Punjab Mental Hospital Lahore 1922-31 - 1922-1931
Year: 1922
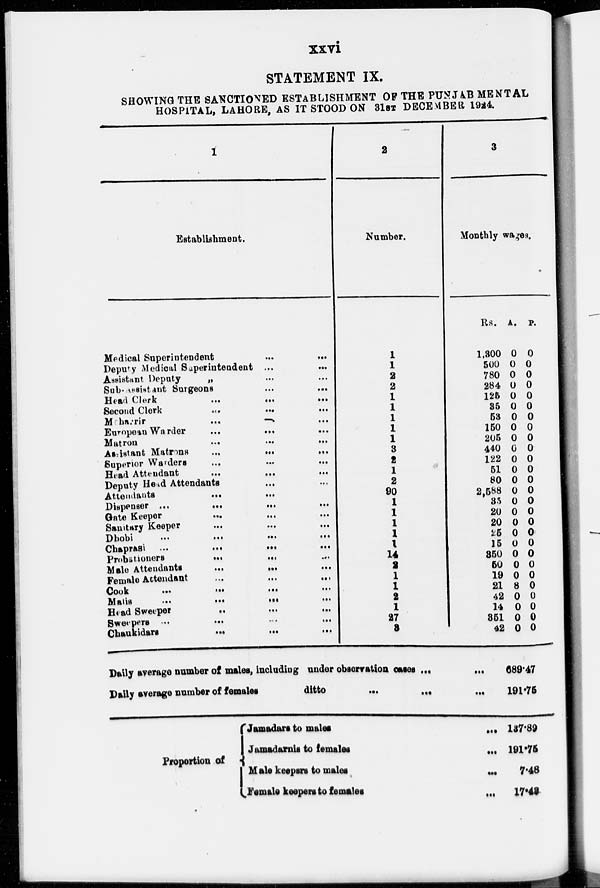
xxvi
STATEMENT IX.
SHOWING THE SANCTIONED ESTABLISHMENT OF THE PUNJAB MENTAL
HOSPITAL, LAHORE, AS IT STOOD ON 31ST DECEMBER 1924.
1
Establishment.
Medical Superintendent
...
...
Deputy Medical Superintendent ...
...
Assistant Deputy „ ... ...
Sub-assistant Surgeons
...
...
Head Clerk
...
…
…
Second Clerk
...
...
...
Maharir
...
...
...
Eurpean Warder
...
...
...
Matron
...
...
...
Assistant
Matrons
...
...
...
Superior Warders
...
...
...
Head Attendant
...
…
…
Deputy Head Attendants
... …
Attendants
... …
Dispenser ...
...
...
…
Gate Keeper … … …
Sanitary Keeper … … …
Dhobi
...
…
…
…
Chaprasi ...
...
…
…
Probstioners
…
... …
Male Attendants
...
...
…
Female Attendant … … …
Cook
…
…
…
…
Matis
…
…
…
Head Sweeper
..
... ...
Sweepers
...
…
...
…
Chaukidars
…
…
…
2
Number.
1
1
2
2
1
1
1
1
1
3
2
1
2
90
1
1
1
1
1
14 2
1
1
2
1
27
3
Daily average number of males, including under observation cases ... ...
Daily average number of females
ditto
...
...
...
3
Monthly wages.
Rs.
1,300
500
780
284
125
35
53
150
205
440
122
51
80
2,588
35
20
20
25
15
350
50
19
21
42
14
351
42
A.
0
0
0
0
0
0
0
0
0
0
0
0
0
0
0
0
0
0
0
0
0
0
8
0
0
0
0
P.
0
0
0
0
0
0
0
0
0
0
0
0
0
0
0
0
0
0
0
0
0
0
0
0
0
0
0
689.47
191.75
Proportion of
Jamadars to males ...
Jamadarnis to females
...
Male keepers to males
...
Female keepers to females
...
137.89
191.75
7.48
17.43